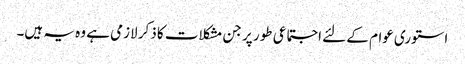
استوری عوام کے لئے اجتماعی طور پر جن مشکلات کا ذکر لازمی ہے وہ یہ ہیں۔